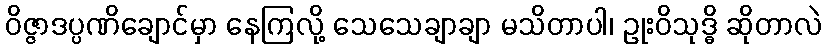
ဝိဇ္ဇာဒပ္ပဏိချောင်မှာ နေကြလို့ သေသေချာချာ မသိတာပါ၊ ဥုးဝိသုဒ္ဓိ ဆိုတာလဲ